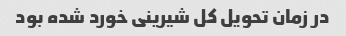
در زمان تحویل کل شیرینی خورد شده بود